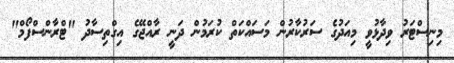
މިނިސްޓަރު ވިދާޅުވީ މިއަދުގެ ސަރުކާރުން މަސައްކަތް ކުރަމުން ދަނީ ރާއްޖޭގެ އިގްތިސާދު "ޓްރާންސްފޯމް"